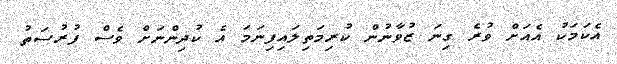
އެކަމަކު އެއަށް ވުރެ ގިނަ ޒުވާނުން ކުރިމަތިލައިފިނަމަ އެ ކުދިންނަށް ވެސް ފުރުސަތު